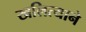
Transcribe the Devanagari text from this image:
खलित्याने